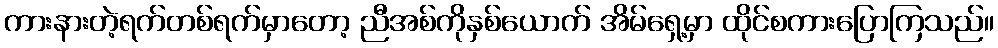
ကားနားတဲ့ရက်တစ်ရက်မှာတော့ ညီအစ်ကိုနှစ်ယောက် အိမ်ရှေ့မှာ ထိုင်စကားပြောကြသည်။